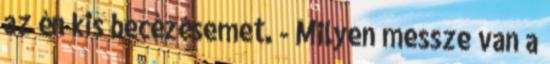
az én kis becézésemet. - Milyen messze van a